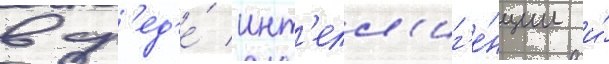
в ср'ед'е́ инт'елл'иг'е́нции и́